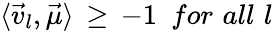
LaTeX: \langle{\vec{v}}_{l},{\vec{\mu}}\rangle\, \geq\, -1\, \, \, for\, \, all\, \, l